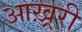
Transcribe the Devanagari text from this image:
आख़्ररी